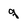
Character: q